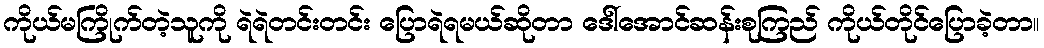
ကိုယ်မကြိုက်တဲ့သူကို ရဲရဲတင်းတင်း ပြောရဲရမယ်ဆိုတာ ဒေါ်အောင်ဆန်းစုကြည် ကိုယ်တိုင်ပြောခဲ့တာ။